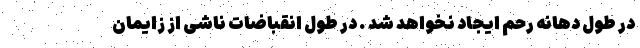
در طول دهانه رحم ایجاد نخواهد شد . در طول انقباضات ناشی از زایمان